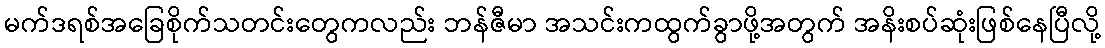
မက်ဒရစ်အခြေစိုက်သတင်းတွေကလည်း ဘန်ဇီမာ အသင်းကထွက်ခွာဖို့အတွက် အနိးစပ်ဆုံးဖြစ်နေပြီလို့